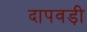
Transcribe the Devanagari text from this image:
दापवड़ी